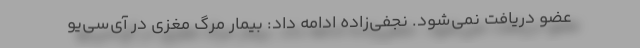
عضو دریافت نمی‌شود. نجفی‌زاده ادامه داد: بیمار مرگ مغزی در آی‌سی‌یو